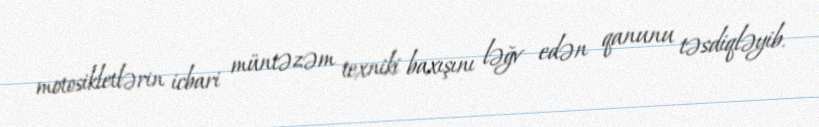
motosikletlərin icbari müntəzəm texniki baxışını ləğv edən qanunu təsdiqləyib.